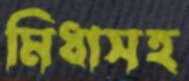
মিধাসহ